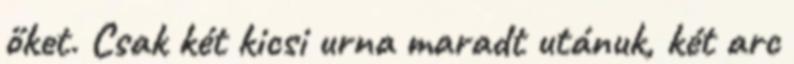
őket. Csak két kicsi urna maradt utánuk, két arc